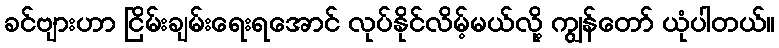
ခင်ဗျားဟာ ငြိမ်းချမ်းရေးရအောင် လုပ်နိုင်လိမ့်မယ်လို့ ကျွန်တော် ယုံပါတယ်။